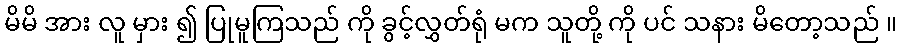
မိမိ အား လူ မှား ၍ ပြုမူကြသည် ကို ခွင့်လွှတ်ရုံ မက သူတို့ ကို ပင် သနား မိတော့သည် ။